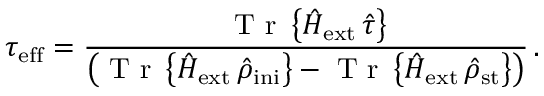
\tau _ { \mathrm { e f f } } = \frac { \mathrm { ~ T ~ r ~ } \left\{ { \hat { H } } _ { \mathrm { e x t } } \, { \hat { \tau } } \right\} } { \left( \mathrm { ~ T ~ r ~ } \left\{ { \hat { H } } _ { \mathrm { e x t } } \, { \hat { \rho } } _ { \mathrm { i n i } } \right\} - \mathrm { ~ T ~ r ~ } \left\{ { \hat { H } } _ { \mathrm { e x t } } \, { \hat { \rho } } _ { \mathrm { s t } } \right\} \right) } \, .